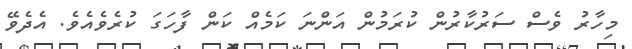
މިހާރު ވެސް ސަރުކާރުން ކުރަމުން އަންނަ ކަމެއް ކަން ފާހަގަ ކުރެވެއެވެ. އެދެވޭ